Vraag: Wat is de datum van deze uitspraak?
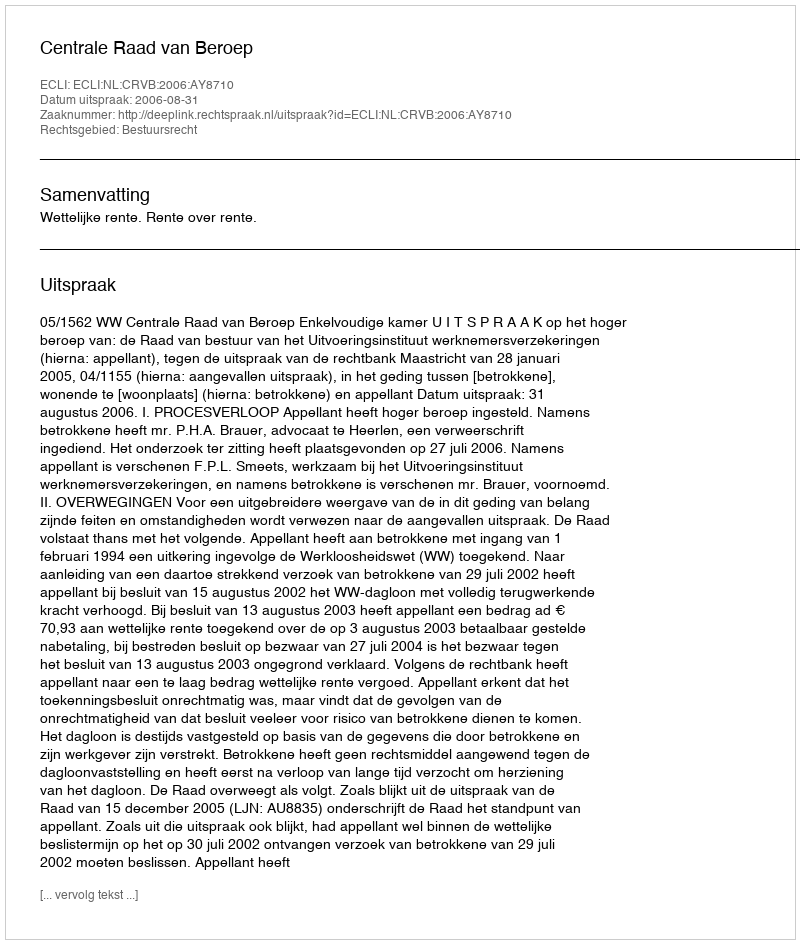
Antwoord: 2006-08-31